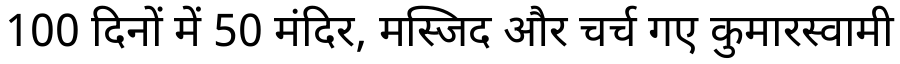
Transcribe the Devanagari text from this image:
100 दिनों में 50 मंदिर, मस्जिद और चर्च गए कुमारस्वामी